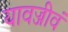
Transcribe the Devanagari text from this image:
यावज्जीवं